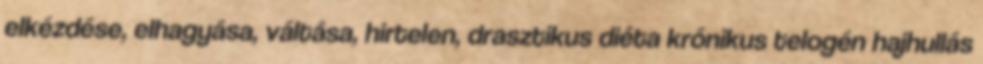
elkézdése, elhagyása, váltása, hirtelen, drasztikus diéta krónikus telogén hajhullás